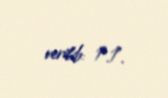
verilib: 1.1.